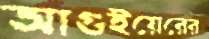
আগুইয়েরের